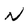
Character: N